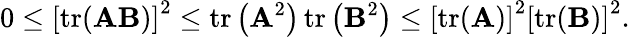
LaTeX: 0\leq\left[\operatorname{tr}(\mathbf{A}\mathbf{B})\right]^{2}\leq\operatorname{tr}\left(\mathbf{A}^{2}\right)\operatorname{tr}\left(\mathbf{B}^{2}\right)\leq\left[\operatorname{tr}(\mathbf{A})\right]^{2}\left[\operatorname{tr}(\mathbf{B})\right]^{2}.